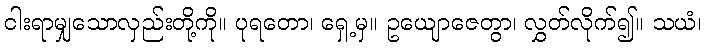
ငါးရာမျှသောလှည်းတို့ကို။ ပုရတော၊ ရှေ့မှ။ ဥယျောဇေတွာ၊ လွှတ်လိုက်၍။ သယံ၊